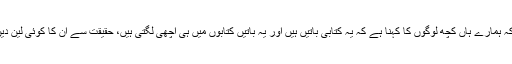
حالاںکہ ہمارے ہاں کچھ لوگوں کا کہنا ہے کہ یہ کتابی باتیں ہیں اور یہ باتیں کتابوں میں ہی اچھی لگتی ہیں، حقیقت سے ان کا کوئی لین دین نہیں۔